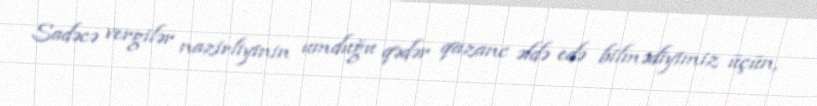
Sadəcə vergilər nazirliyinin umduğu qədər qazanc əldə edə bilmədiyimiz üçün,